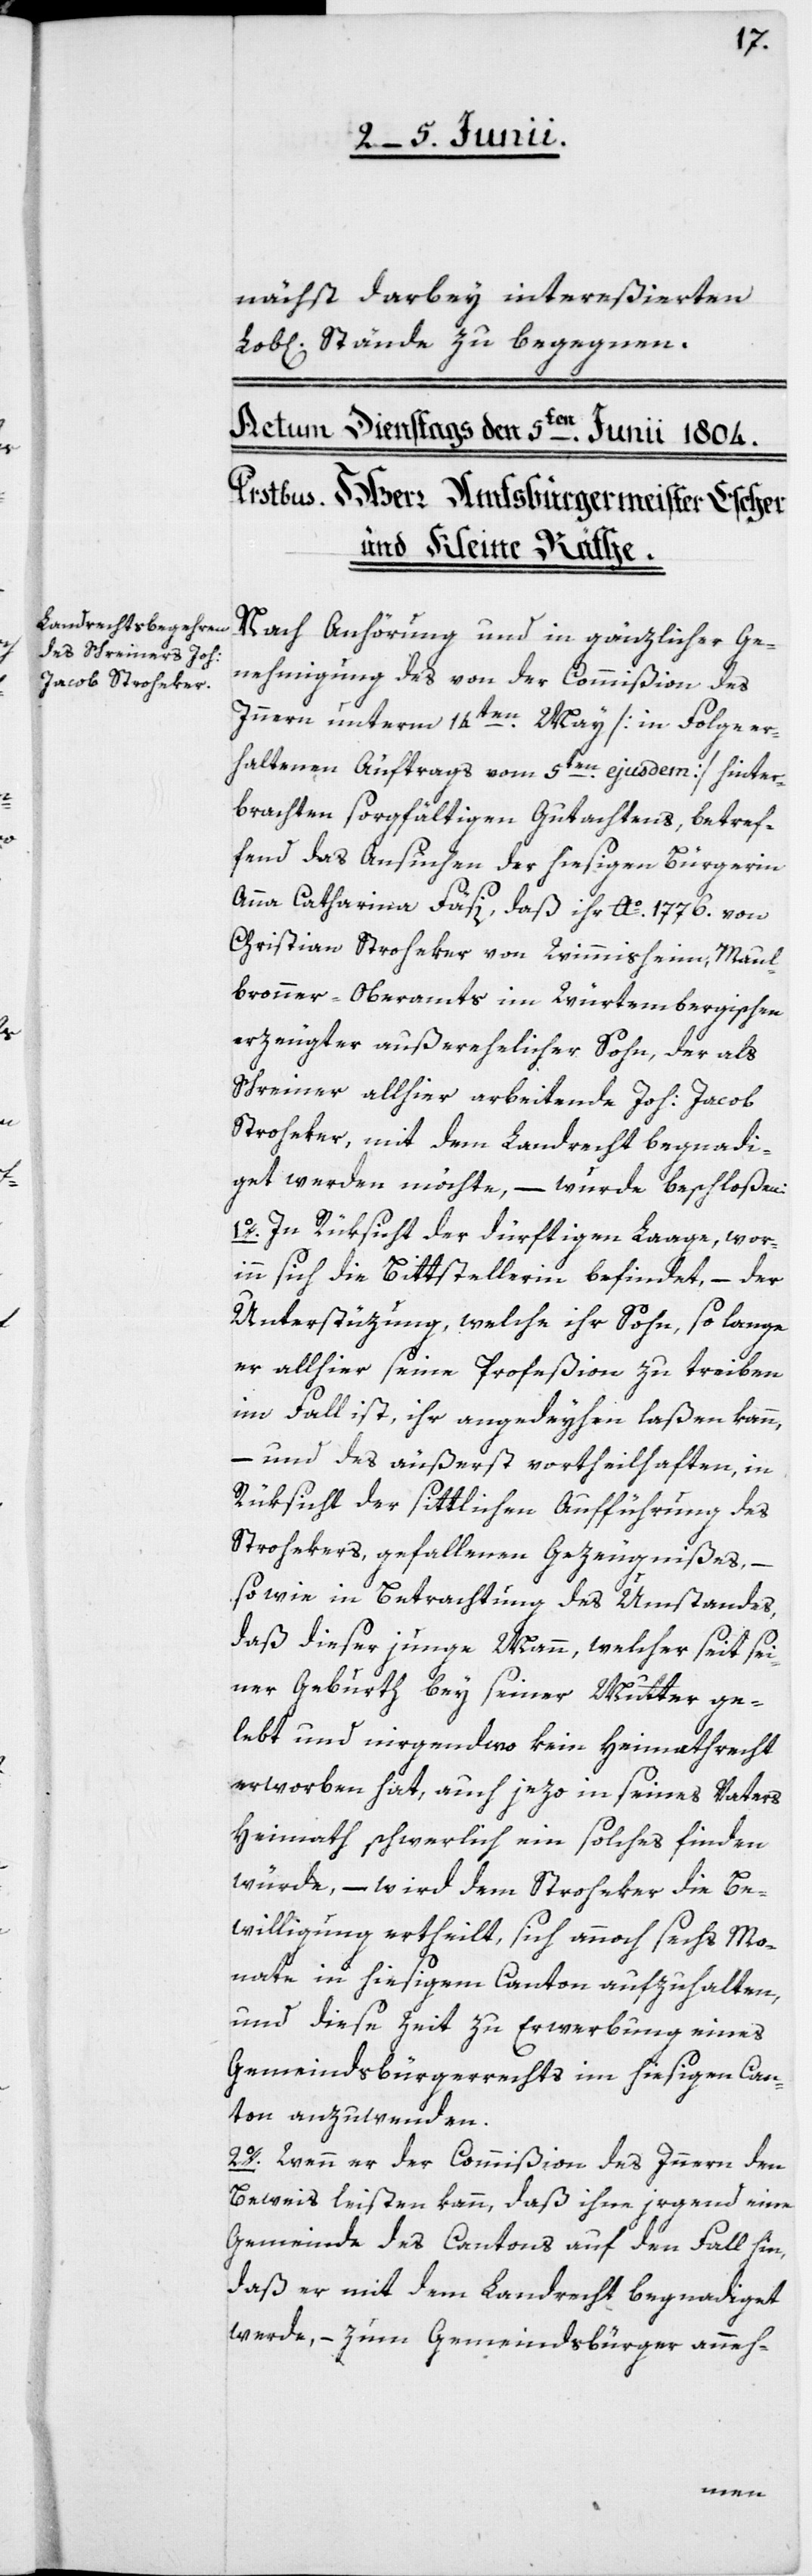
nächst darbey intereßierten
Lob[lichen] Stände zu begegnen.
Nach Anhörung und in gänzlicher Ge¬
nehmigung des von der Commißion des
Innern unterm 14ten May [in Folge er¬
haltenen Auftrags vom 5ten ejusdem] hinter¬
brachten sorgfältigen Gutachtens, betref¬
fend das Ansuchen der hiesigen Bürgerin
Anna Catharina Fäsi, daß ihr Ao 1776. von
Christian Stroheker von Wimmisheim, Maul¬
bronner-Oberamts im Würtembergischen
erzeugter außerehelicher Sohn, der als
Schreiner allhier arbeitende Joh: Jacob
Stroheker, mit dem Landrecht begnadi¬
get werden möchte, – wurde beschloßen:
1o. In Rüksicht der dürftigen Laage, wor¬
inn sich die Bittstellerin befindet, – der
Unzerstüzung, welche ihr Sohn, so lange
er allhier seine Profeßion zu treiben
im Fall ist, ihr angedeyhen laßen kann,
– und des äußerst vortheilhaften, in
Rüksicht der sittlichen Aufführung des
Stohekers, gefallenen Gezeugnißes, –
so wie in Betrachtung des Umstandes,
daß dieser junge Mann, welcher seit sei¬
ner Geburth bey seiner Mutter ge¬
lebt und nirgendwo kein Heimathrecht
erworben hat, auch jezo in seines Vaters
Heimath schwerlich ein solches finden
würde, – wird dem Stroheker die Be¬
willigung ertheilt, sich annoch sechs Mo¬
nate in hiesigem Canton aufzuhalten,
und diese Zeit zur Erwerbung eines
Gemeindsbürgerrechts im hiesigen Can¬
ton anzuwenden.
2o. Wenn er der Commißion des Innern den
Beweis leisten kann, daß ihm irgend eine
Gemeinde des Cantons auf den Fall hin,
daß er mit dem Landrecht begnadiget
werde, – zum Gemeindsbürger anneh-